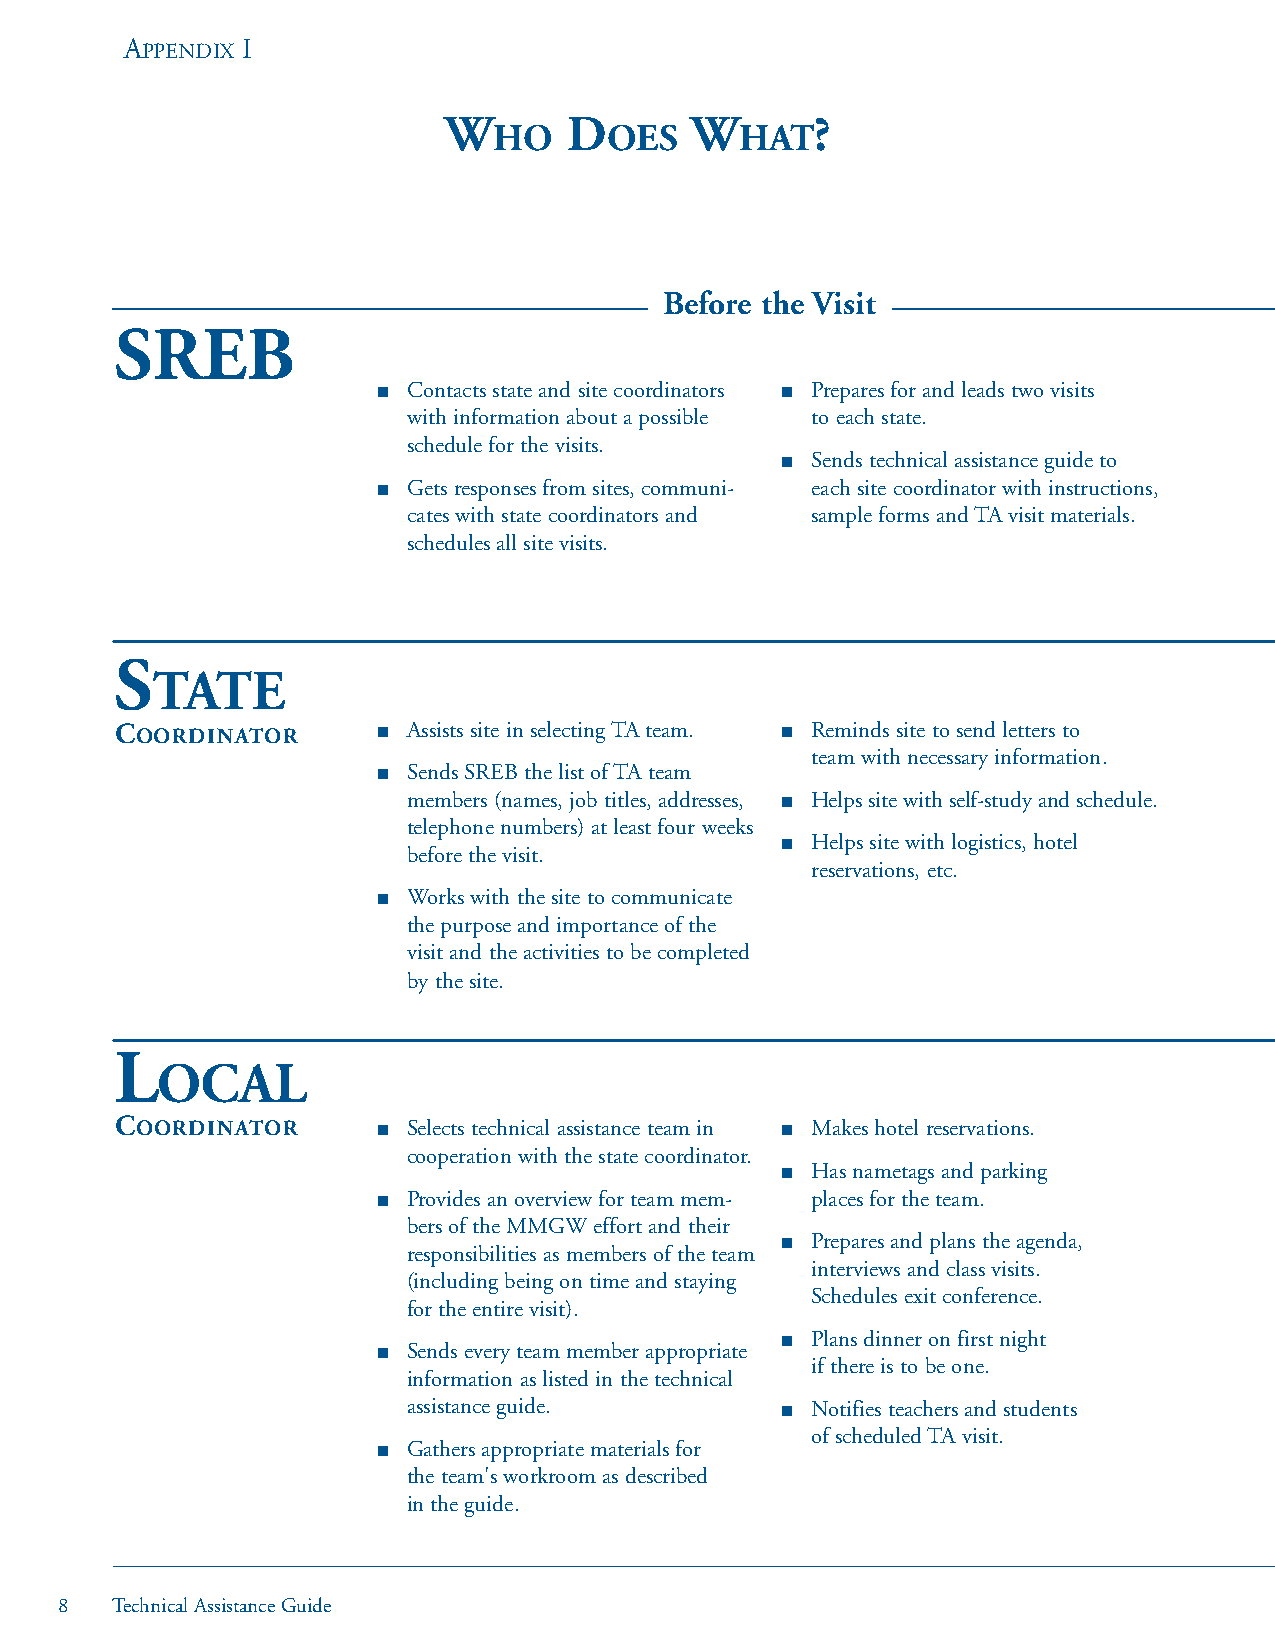
APPENDIX I
 W        D       W       ?
 HO     OES      HAT
 Before the Visit
 SREB
 ■ Contacts state and site coordinators ■ Prepares for and leads two visits
 with information about a possible to each state.
 schedule for the visits.
 ■ Sends technical assistance guide to
 ■ Gets responses from sites, communi- each site coordinator with instructions,
 cates with state coordinators and sample forms and TA visit materials.
 schedules all site visits.
 S
 TATE
 COORDINATOR      ■ Assists site in selecting TA team. ■ Reminds site to send letters to
 team with necessary information.
 ■ Sends SREB the list of TA team
 members (names, job titles, addresses, ■ Helps site with self-study and schedule.
 telephone numbers) at least four weeks
 ■ Helps site with logistics, hotel
 before the visit.
 reservations, etc.
 ■ Works with the site to communicate
 the purpose and importance of the
 visit and the activities to be completed
 by the site.
 L
 OCAL
 COORDINATOR      ■ Selects technical assistance team in ■ Makes hotel reservations.
 cooperation with the state coordinator.
 ■ Has nametags and parking
 ■ Provides an overview for team mem- places for the team.
 bers of the MMGW effort and their
 ■ Prepares and plans the agenda,
 responsibilities as members of the team
 interviews and class visits.
 (including being on time and staying
 Schedules exit conference.
 for the entire visit).
 ■ Plans dinner on first night
 ■ Sends every team member appropriate
 if there is to be one.
 information as listed in the technical
 assistance guide.        ■ Notifies teachers and students
 of scheduled TA visit.
 ■ Gathers appropriate materials for
 the team's workroom as described
 in the guide.
 8  Technical Assistance Guide